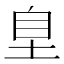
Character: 𭎗